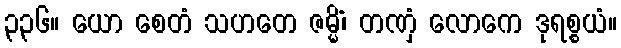
၃၃၆။ ယော စေတံ သဟတေ ဇမ္မိံ၊ တဏှံ လောကေ ဒုရစ္စယံ။